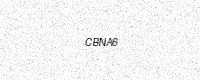
Text: CBNA6